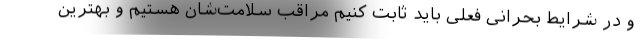
و در شرایط بحرانی فعلی باید ثابت کنیم مراقب سلامت‌شان هستیم و بهترین